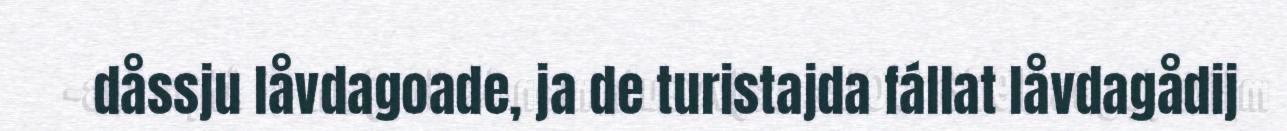
dåssju låvdagoade, ja de turistajda fállat låvdagådij